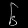
Digit: ၆